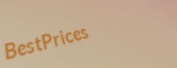
BestPrices